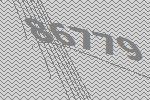
86779